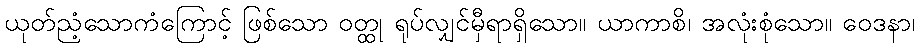
ယုတ်ညံ့သောကံကြောင့် ဖြစ်သော ဝတ္ထု ရုပ်လျှင်မှီရာရှိသော။ ယာကာစိ၊ အလုံးစုံသော။ ဝေဒနာ၊